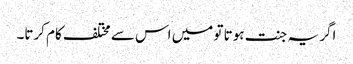
اگر یہ جنت ہوتا تو میں اس سے مختلف کام کرتا۔